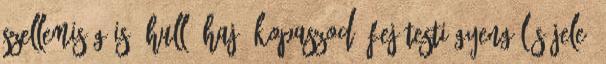
szellemiség is. Hulló haj, kopaszodó fej testi gyengülés jele,